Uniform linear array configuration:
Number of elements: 8
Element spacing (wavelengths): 0.5
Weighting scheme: kaiser
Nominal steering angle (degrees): -45
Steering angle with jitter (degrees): -46.8
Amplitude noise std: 0.05
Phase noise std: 0.05

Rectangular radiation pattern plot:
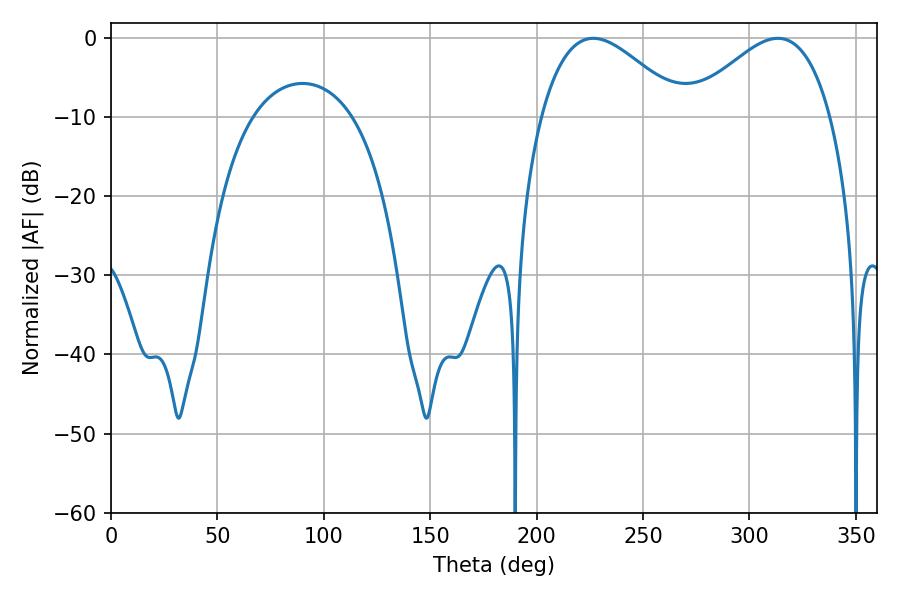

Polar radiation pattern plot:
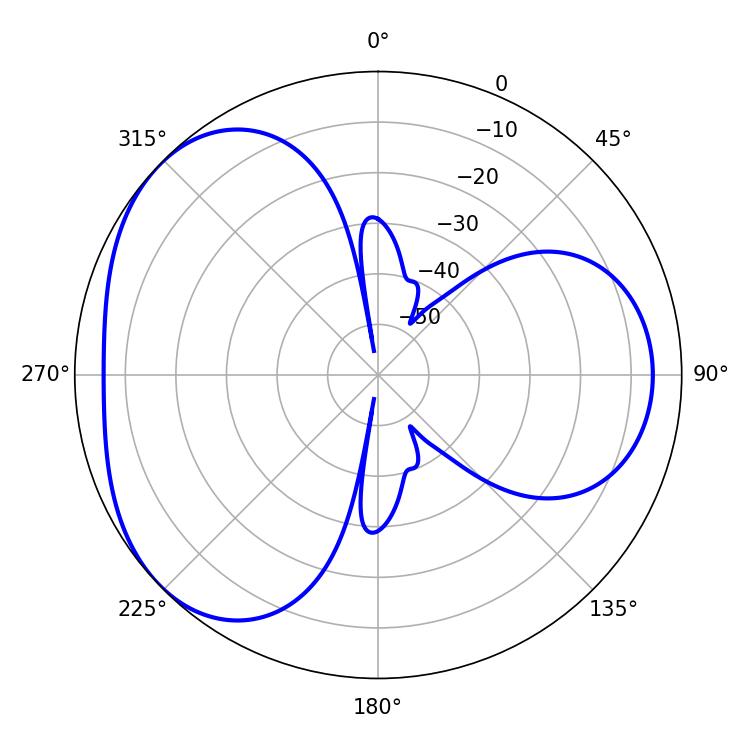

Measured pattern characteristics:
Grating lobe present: FALSE
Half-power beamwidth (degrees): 35.82
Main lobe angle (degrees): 226.62